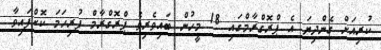
ކުރިއަށް ގެންދިޔަ އެ ޕްރޮގްރާމްގައި 18 މީހުން ބައިވެރިވެ ޕްރޮގްރާމް ފުރިހަމަ ކޮށްފައިވާ